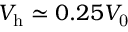
V _ { \mathrm { h } } \simeq 0 . 2 5 V _ { \mathrm { 0 } }